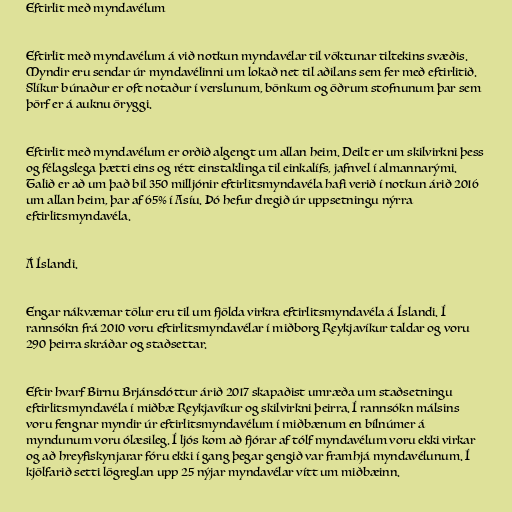
Eftirlit með myndavélum

Eftirlit með myndavélum á við notkun myndavélar til vöktunar tiltekins svæðis.
Myndir eru sendar úr myndavélinni um lokað net til aðilans sem fer með eftirlitið.
Slíkur búnaður er oft notaður í verslunum, bönkum og öðrum stofnunum þar sem
þörf er á auknu öryggi.

Eftirlit með myndavélum er orðið algengt um allan heim. Deilt er um skilvirkni þess
og félagslega þætti eins og rétt einstaklinga til einkalífs, jafnvel í almannarými.
Talið er að um það bil 350 milljónir eftirlitsmyndavéla hafi verið í notkun árið 2016
um allan heim, þar af 65% í Asíu. Þó hefur dregið úr uppsetningu nýrra
eftirlitsmyndavéla.

Á Íslandi.

Engar nákvæmar tölur eru til um fjölda virkra eftirlitsmyndavéla á Íslandi. Í
rannsókn frá 2010 voru eftirlitsmyndavélar í miðborg Reykjavíkur taldar og voru
290 þeirra skráðar og staðsettar.

Eftir hvarf Birnu Brjánsdóttur árið 2017 skapaðist umræða um staðsetningu
eftirlitsmyndavéla í miðbæ Reykjavíkur og skilvirkni þeirra. Í rannsókn málsins
voru fengnar myndir úr eftirlitsmyndavélum í miðbænum en bílnúmer á
myndunum voru ólæsileg. Í ljós kom að fjórar af tólf myndavélum voru ekki virkar
og að hreyfiskynjarar fóru ekki í gang þegar gengið var framhjá myndavélunum. Í
kjölfarið setti lögreglan upp 25 nýjar myndavélar vítt um miðbæinn.